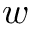
w